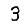
Digit: 3